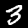
Label: 3